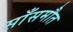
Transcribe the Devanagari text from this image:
साँसमौत